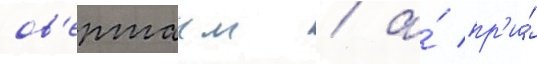
ов'ертаим / а́ пр'и́